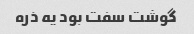
گوشت سفت بود یه ذره